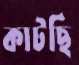
কাটছি